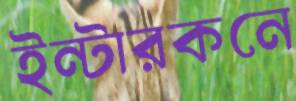
ইন্টারকনে